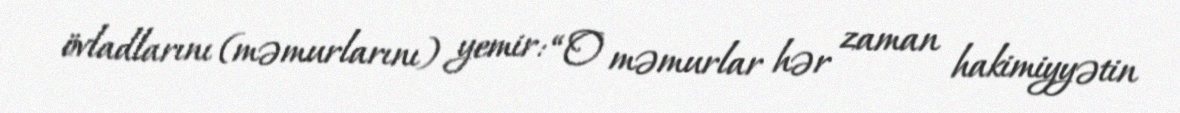
övladlarını (məmurlarını) yemir: “O məmurlar hər zaman hakimiyyətin